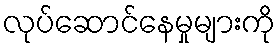
လုပ်ဆောင်နေမှုများကို